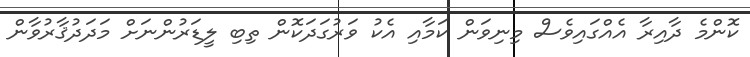
ކޮންމެ ދާއިރާ އެއްގައިވެސް މިނިވަން ކަމާއި އެކު ވަރުގަދަކޮން ތިބި ލީޑަރުންނަށް މަދަދުޤާރުވާން